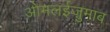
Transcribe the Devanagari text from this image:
ओमलईज़ुमाब